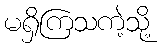
မရှိကြသကဲ့သို့